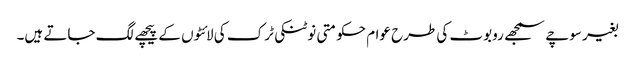
بغیر سوچے سمجھے روبوٹ کی طرح عوام حکومتی نوٹنکی ٹرک کی لائٹوں کے پیچھے لگ جاتے ہیں۔